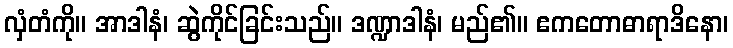
လှံတံကို။ အာဒါနံ၊ ဆွဲကိုင်ခြင်းသည်။ ဒဏ္ဍာဒါနံ၊ မည်၏။ ဧကတောဓာရာဒိနော၊